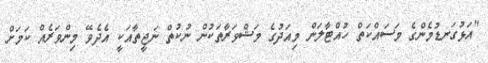
"އަޅުގަނޑުމެންގެ މަސައްކަތް ހުއްޓާލަން މިއަދުގެ މަޝްވަރާތަކުން ނުކުތް ނަޖީތާއަކީ އެދެވޭ މިންވަރެއް ކަމަށް